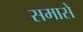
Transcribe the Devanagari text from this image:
समासे